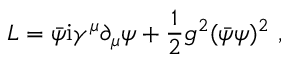
{ \cal L } = \bar { \psi } \mathrm { i } \gamma ^ { \mu } \partial _ { \mu } \psi + \frac { 1 } { 2 } g ^ { 2 } ( \bar { \psi } \psi ) ^ { 2 } \ ,